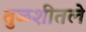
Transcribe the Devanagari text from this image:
तुळशीतले